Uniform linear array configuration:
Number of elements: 16
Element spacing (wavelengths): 0.5
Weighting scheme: binomial
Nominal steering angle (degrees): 45
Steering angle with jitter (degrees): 45.658
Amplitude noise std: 0.05
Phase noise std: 0.05

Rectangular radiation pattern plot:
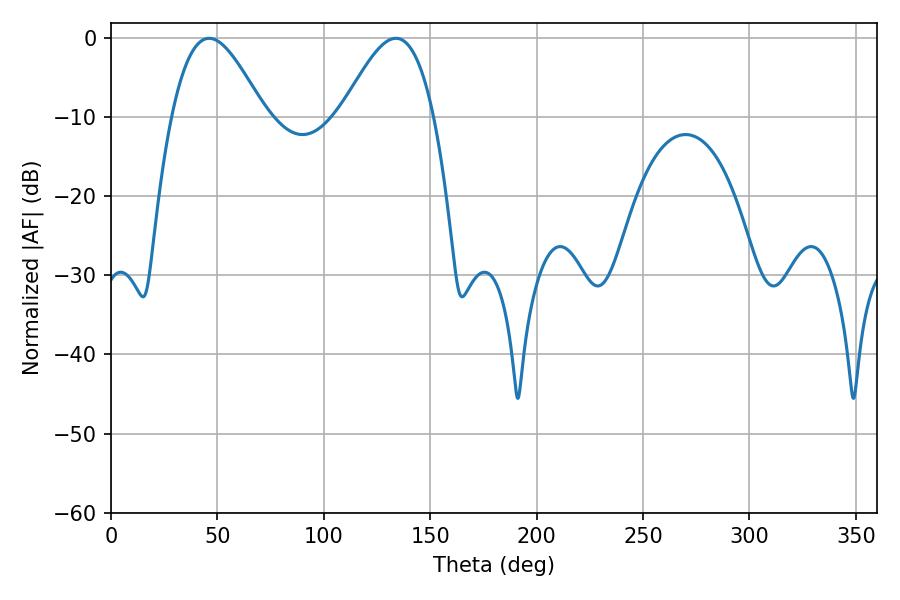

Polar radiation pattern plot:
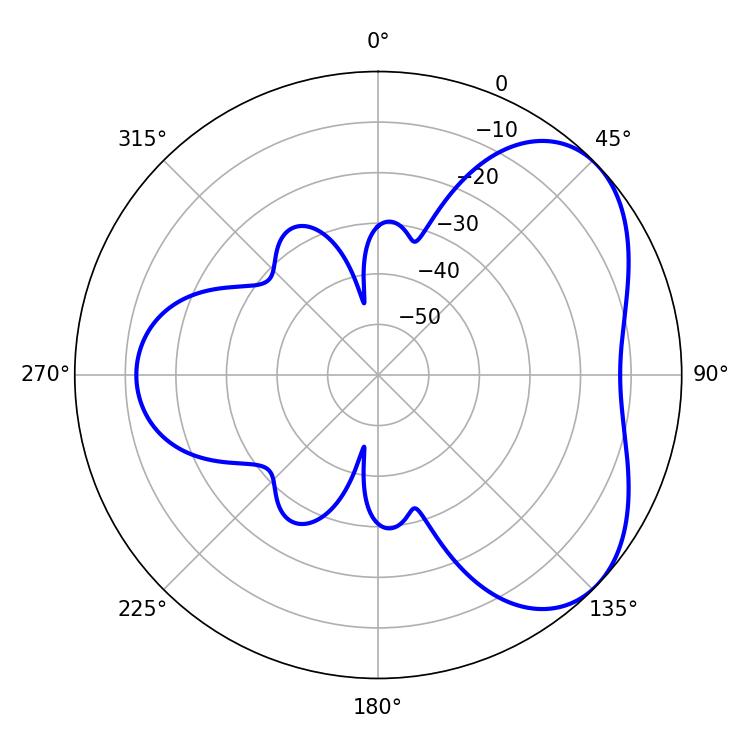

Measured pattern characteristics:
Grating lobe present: FALSE
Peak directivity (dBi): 4.812
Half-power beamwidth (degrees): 23.4
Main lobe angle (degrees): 46.08